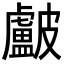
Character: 𥀵